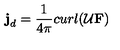
{ \bf j } _ { d } = \frac { 1 } { 4 \pi } c u r l ( \cal U { \bf F } )